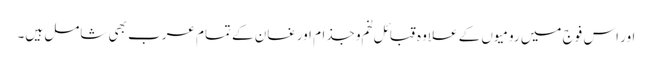
اور اس فوج میں رومیوں کے علاوہ قبائل لخم و جذام اور غسان کے تمام عرب بھی شامل ہیں۔